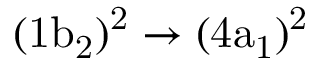
\mathrm { ( 1 b _ { 2 } ) ^ { 2 } \rightarrow ( 4 a _ { 1 } ) ^ { 2 } }